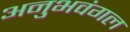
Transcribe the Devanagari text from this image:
अनुभवंगल